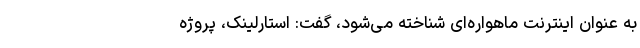
به عنوان اینترنت ماهواره‌ای شناخته می‌شود، گفت: استارلینک، پروژه